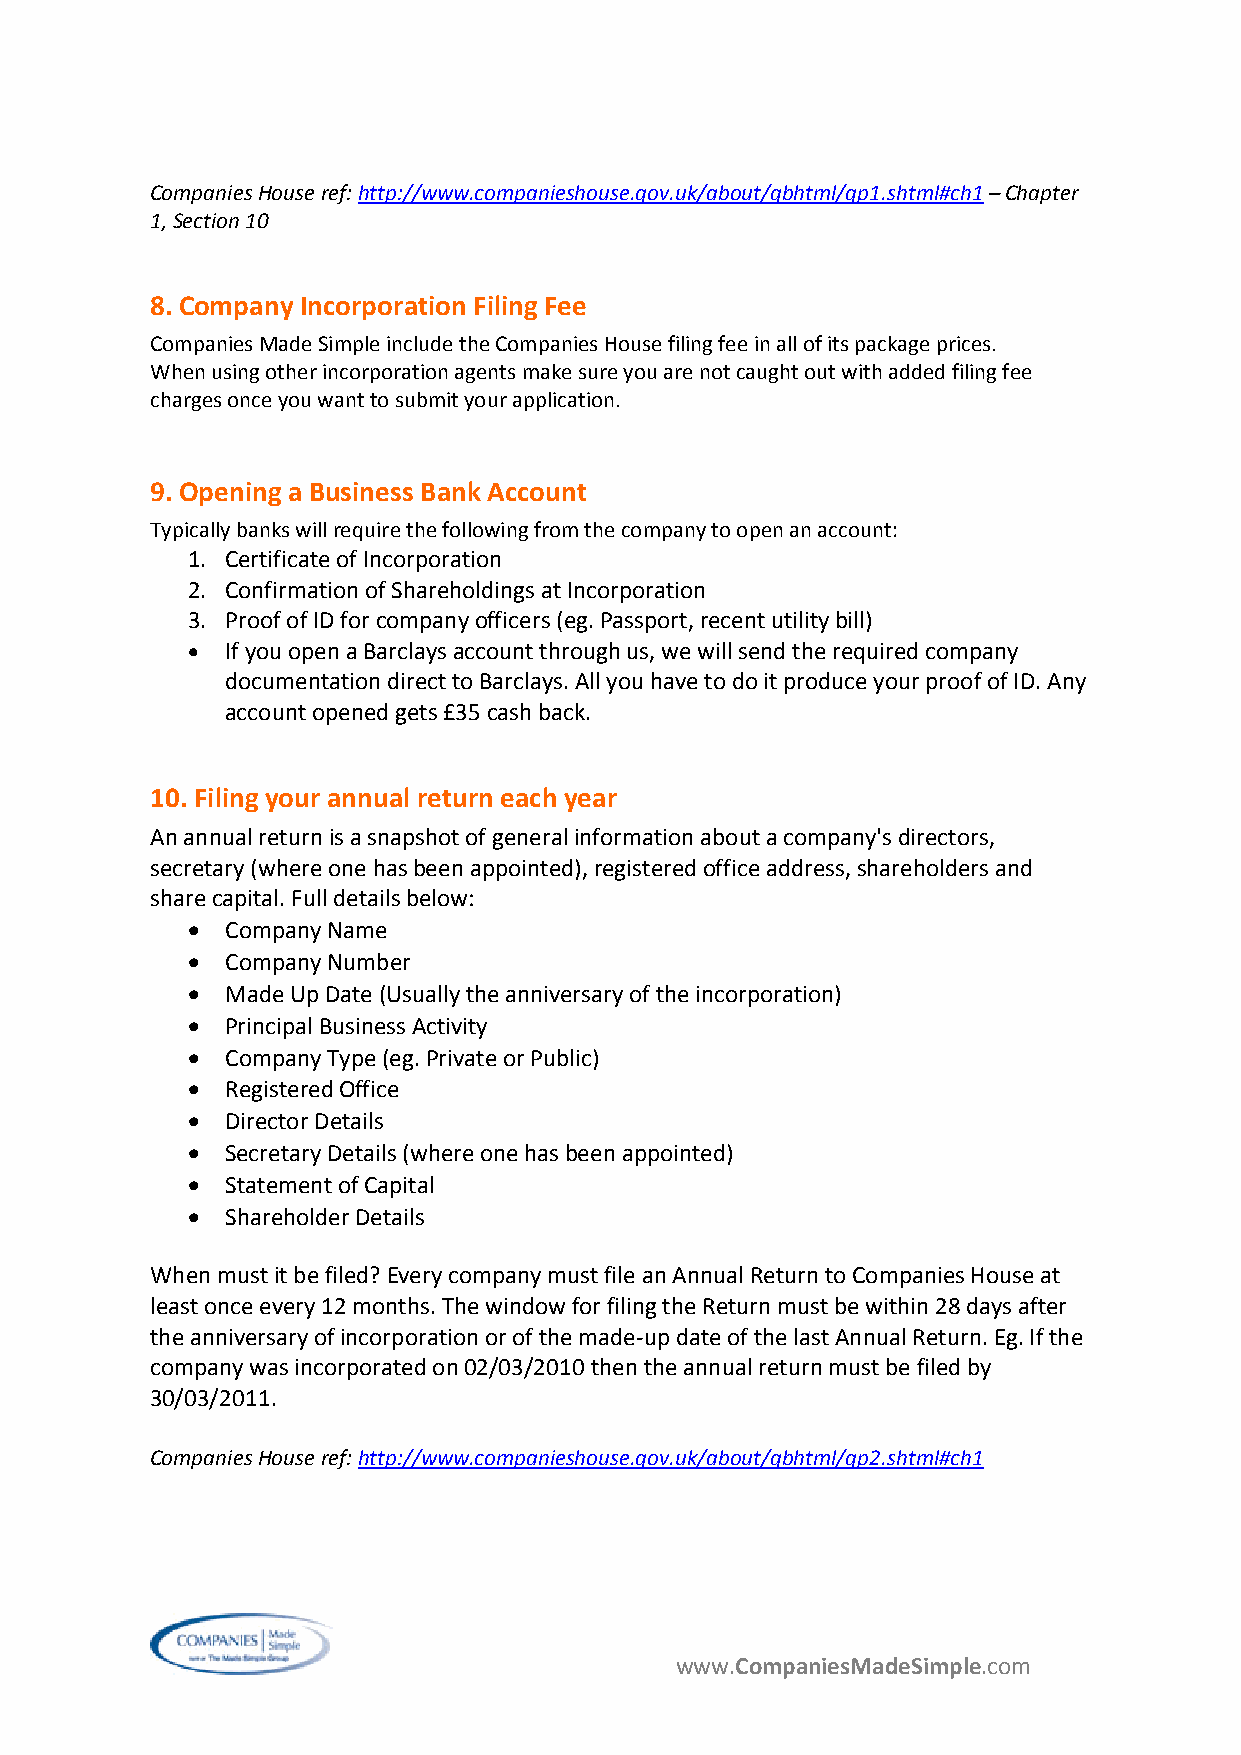
Companies House ref: http://www.companieshouse.gov.uk/about/gbhtml/gp1.shtml#ch1 – Chapter
 1, Section 10
 8. Company Incorporation Filing Fee
 Companies Made Simple include the Companies House filing fee in all of its package prices.
 When using other incorporation agents make sure you are not caught out with added filing fee
 charges once you want to submit your application.
 9. Opening a Business Bank Account
 Typically banks will require the following from the company to open an account:
 1. Certificate of Incorporation
 2. Confirmation of Shareholdings at Incorporation
 3. Proof of ID for company officers (eg. Passport, recent utility bill)
 •  If you open a Barclays account through us, we will send the required company
 documentation direct to Barclays. All you have to do it produce your proof of ID. Any
 account opened gets £35 cash back.
 10. Filing your annual return each year
 An annual return is a snapshot of general information about a company's directors,
 secretary (where one has been appointed), registered office address, shareholders and
 share capital. Full details below:
 •  Company Name
 •  Company Number
 •  Made Up Date (Usually the anniversary of the incorporation)
 •  Principal Business Activity
 •  Company Type (eg. Private or Public)
 •  Registered Office
 •  Director Details
 •  Secretary Details (where one has been appointed)
 •  Statement of Capital
 •  Shareholder Details
 When must it be filed? Every company must file an Annual Return to Companies House at
 least once every 12 months. The window for filing the Return must be within 28 days after
 the anniversary of incorporation or of the made‐up date of the last Annual Return. Eg. If the
 company was incorporated on 02/03/2010 then the annual return must be filed by
 30/03/2011.
 Companies House ref: http://www.companieshouse.gov.uk/about/gbhtml/gp2.shtml#ch1
 www.CompaniesMadeSimple.com